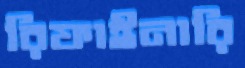
রিফাইনারি